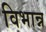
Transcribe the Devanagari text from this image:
विभान्न